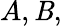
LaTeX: A,\mathit{B},